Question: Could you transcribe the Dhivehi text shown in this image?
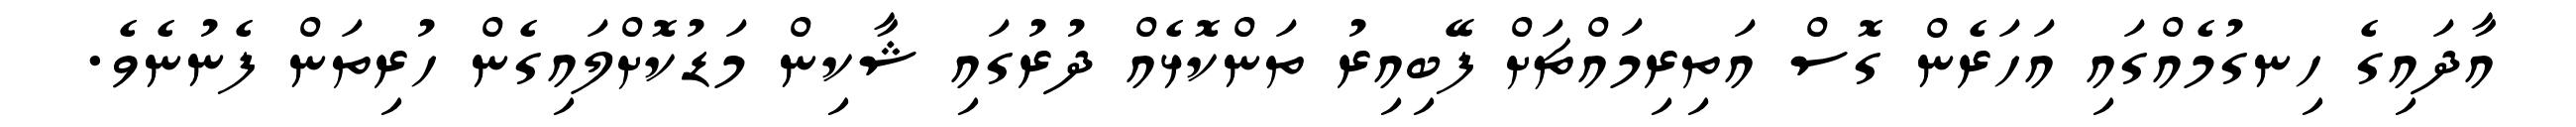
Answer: އާދައިގެ ހިނގުމެއްގައި އަހަރެން ގޮސް އަތިރިމައްޗަށް ފޭބިއިރު ތަންކޮޅެއް ދުރުގައި ޝާކިން މަޑުކޮށްލައިގެން ހުރިތަން ފެނުނެވެ.